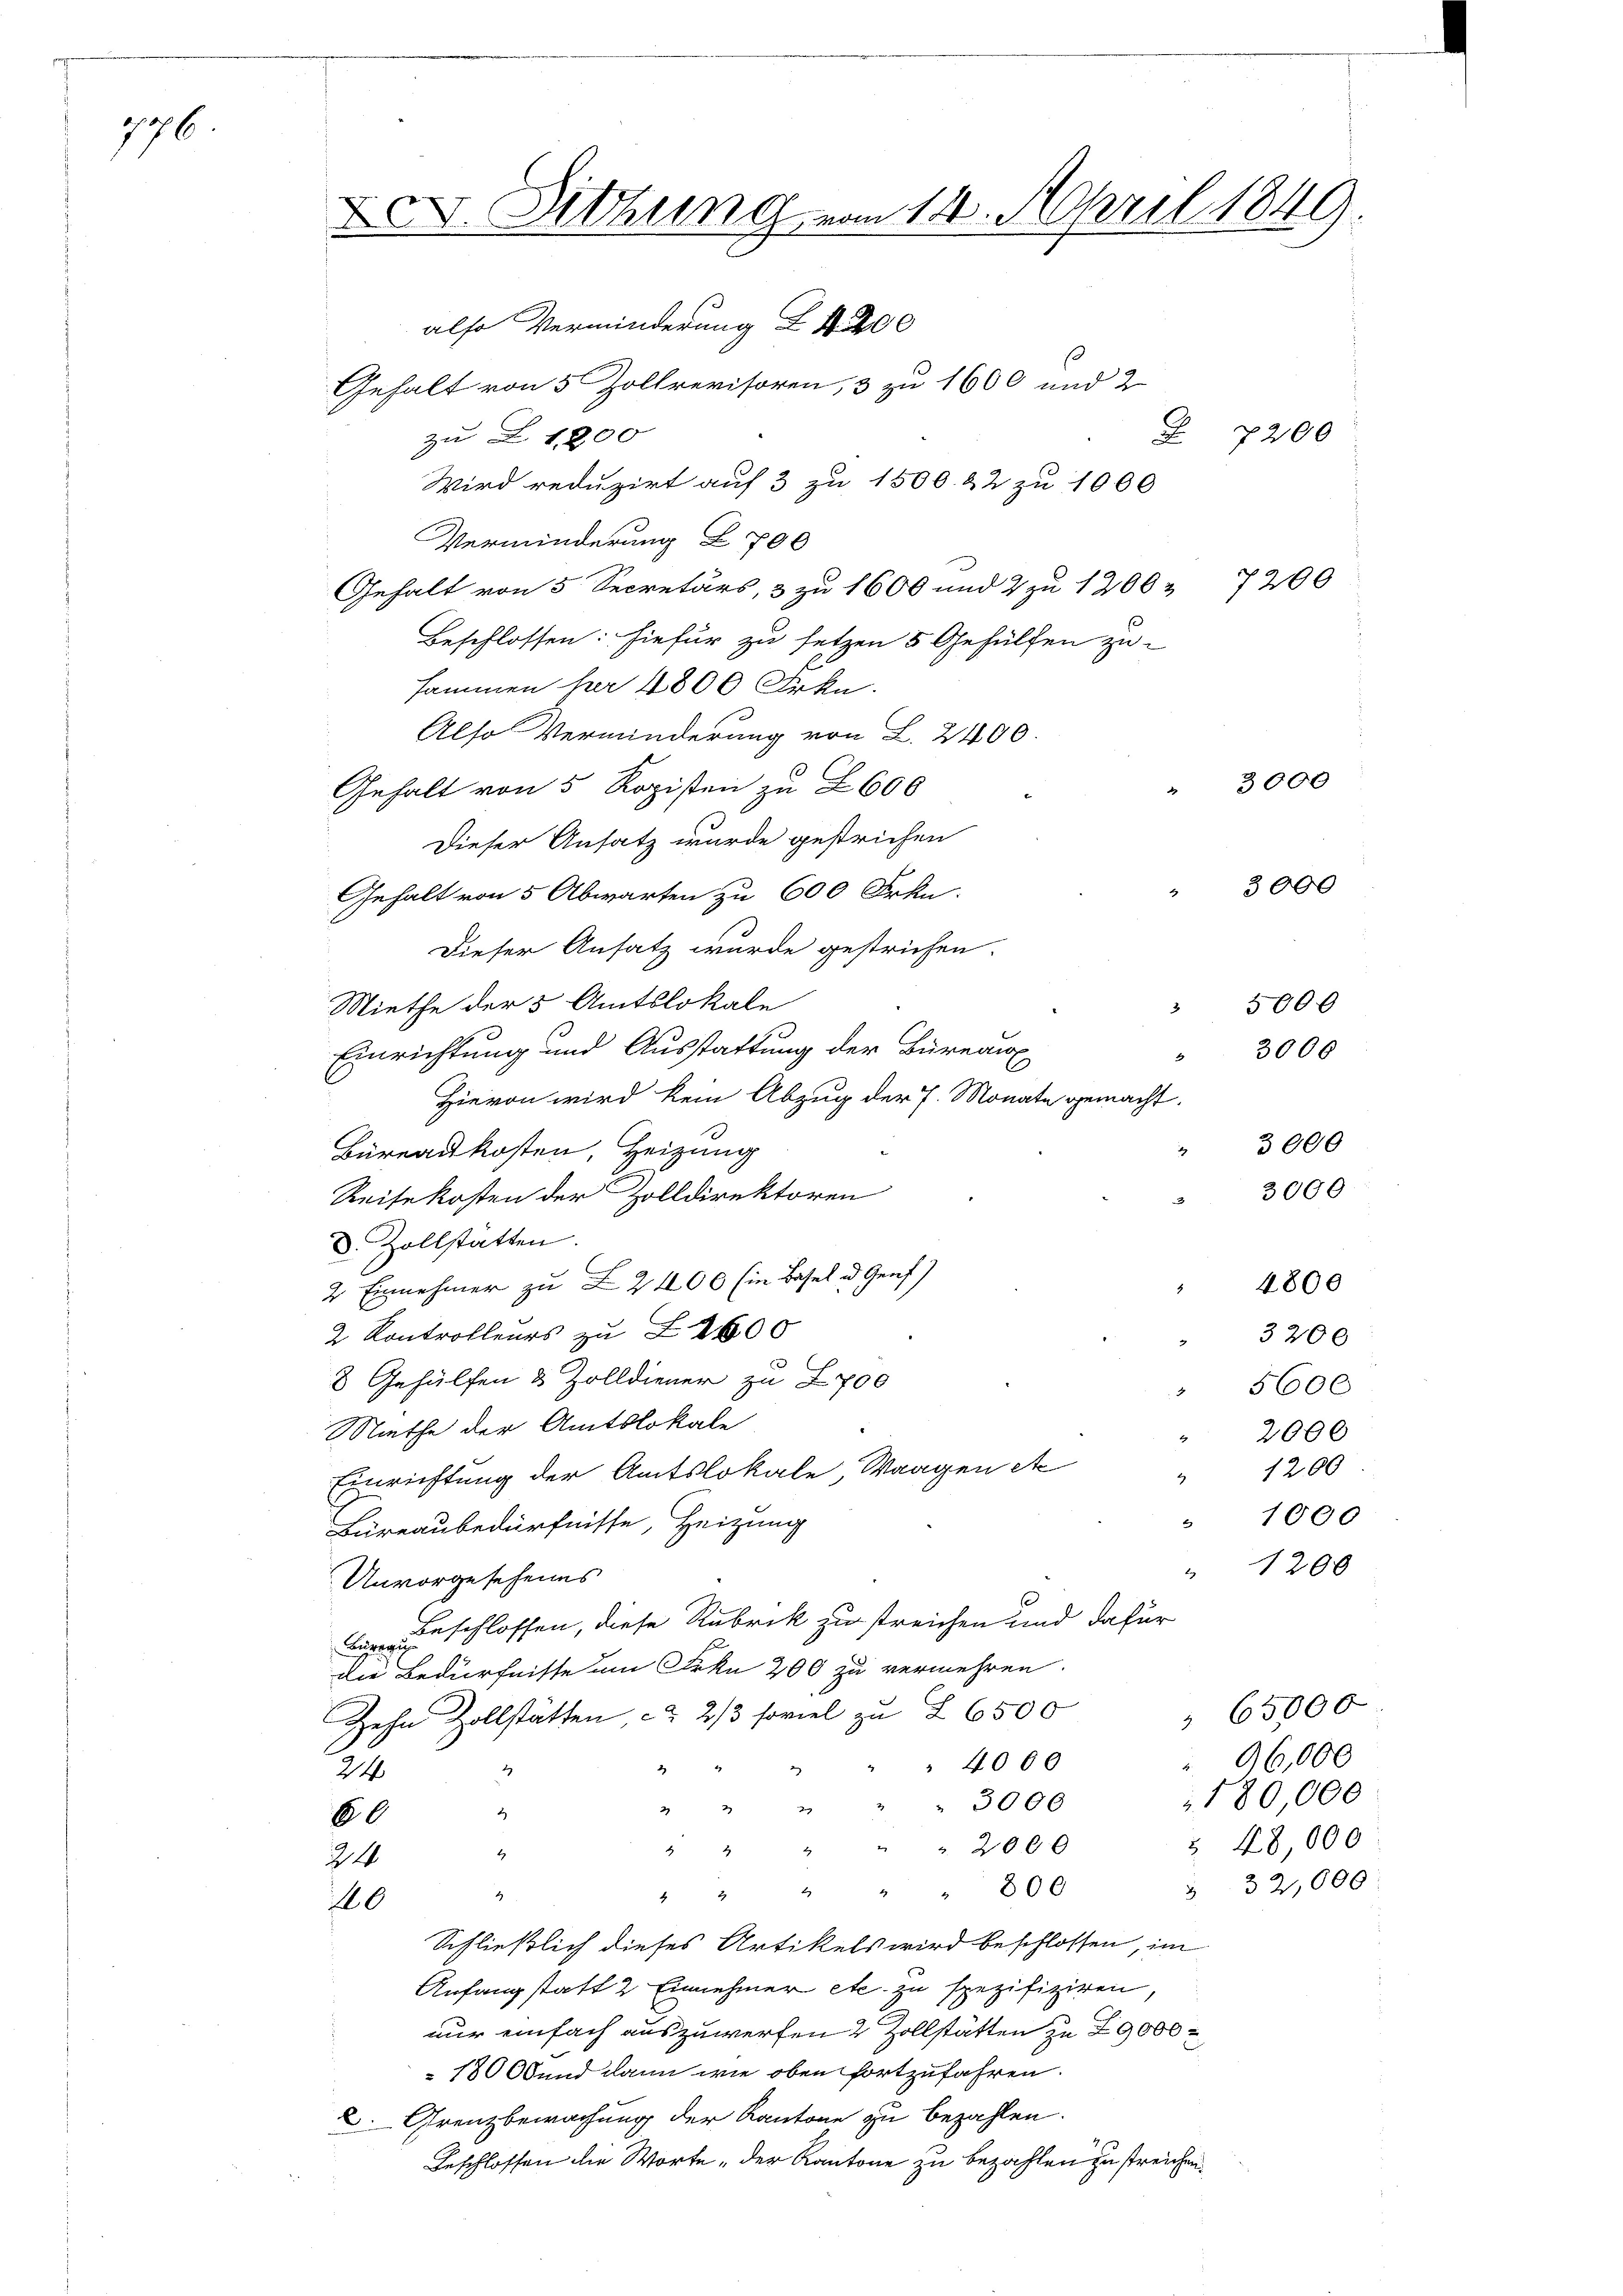
76.
7

X. Sitzung vom 14. April 1849
also Verminderung Z 1 200
Gehalt von 5 Zollrevisoren, 3 zu 1600 und 2

zu 1200
Wird reduzirt auf 3 zu 1500. 22 zu 1000
Verminderung Z 700
Gehalt von 5 Secretärs, 3 zu 1600 und 2 zu 1200 7200
Beschlossen: hiefür zu setzen 5 Gehülfen zu-
sammen für 4800 Frkn.
Also Verminderung von L. 2400.
Gehalt von 5 Kopisten zu Z 600
Dieser Ansatz wurde gestrichen
Gehalt von 5 Abwarten zu 600 Frkn.
Dieser Ansatz wurde gestrichen.
Niethe der 5 Amtslokale
Einrichtung und Ausstattung der Bureaux
Hievon wird kein Abzug der J. Monate gemacht.
2
Büreaukosten, Heizung
Reisekosten der Zolldirektoren
8. Zollstatten.
2 Einnehmer zu ZZ 406 Ein Basel u. Genf)
2. Kontrolleurs zu 2000
s
8 Gehülfen & Zolldiener zu Z700

Miethe der Amtslokale
1
Einrichtung der Amtslokale, Waagen etc
2
Büreaubedürfnisse, Heizung
2
Unvorgesehenes
Zuschlossen, diese Rubrik zu streichen und dafür
die Bedürfnisse um Frkn 200 zu vermehren.
Zehn Zollstätten, ca 2/3 soviel zu Z 6500
 " " 4000
1
24
" 3000
 724
2
60
" 2 " " " 2060
t
24
22 & 686
2
10
Schließlich dieses Artikels wird beschlossen, im
Anfang statt 2 Einnehmer etc. zu spezifiziren,
nur einfach auszuwerfen 2 Zollstätten zu 29000
180 Ob und dann wie oben fortzufahren.
2. Grenzbewachung der Kantone zu bezahlen.
Beschlossen die Worte, der Kantone zu bezahlen zu streichen.

2

Z 7200

" 3000

3000

3000

5000
" 3000
3000
4800
3200
5600
2000
1200
1000
1200

65000
96,000
180,000
 28,000
32,000: